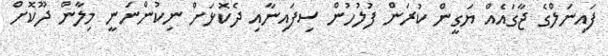
ފައިނަލްގެ ޖާގައެއް ޔަގީން ކުރަން ފުލުހުން ސިފައިނާއި ދެކޮޅަށް ނިކުންނަނީ މިލާން ދޫކޮށް